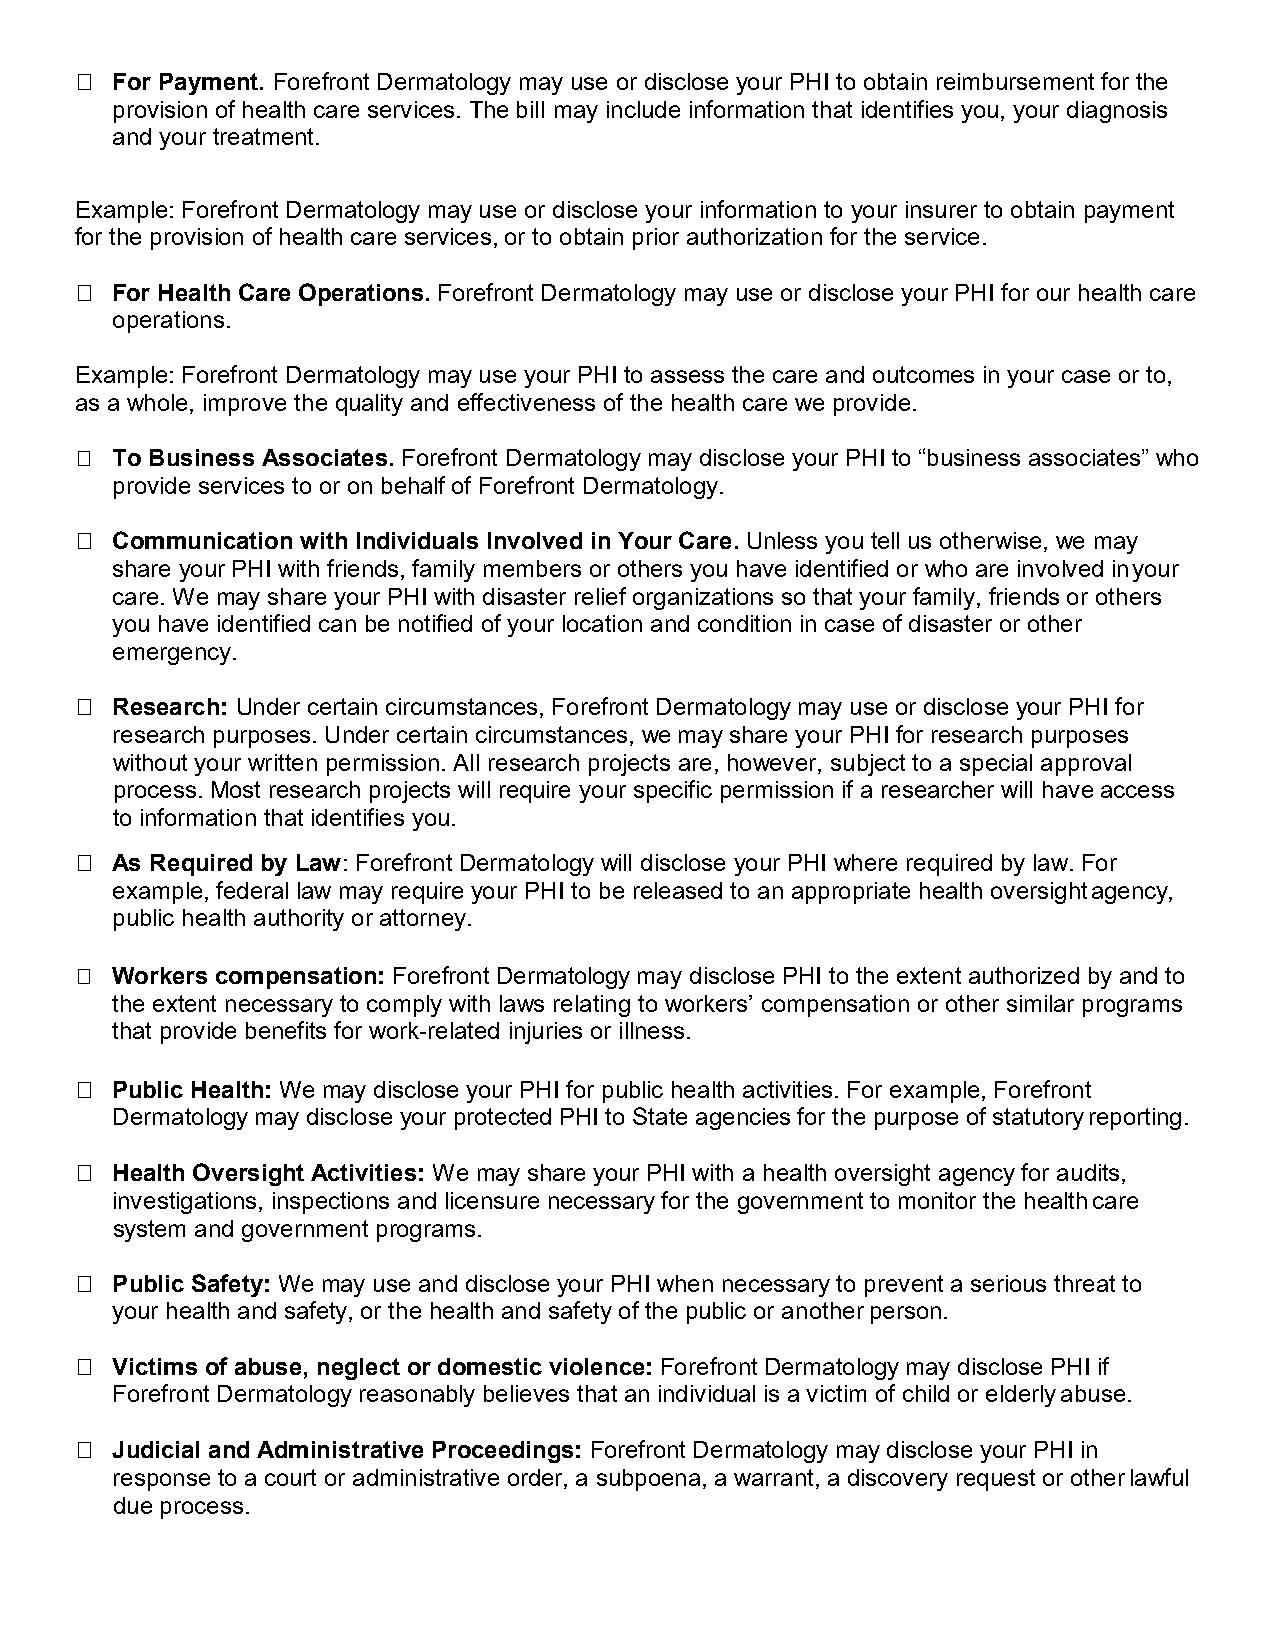
 For Payment. Forefront Dermatology may use or disclose your PHI to obtain reimbursement for the
 provision of health care services. The bill may include information that identifies you, your diagnosis
 and your treatment.
 Example: Forefront Dermatology may use or disclose your information to your insurer to obtain payment
 for the provision of health care services, or to obtain prior authorization for the service.
  For Health Care Operations. Forefront Dermatology may use or disclose your PHI for our health care
 operations.
 Example: Forefront Dermatology may use your PHI to assess the care and outcomes in your case or to,
 as a whole, improve the quality and effectiveness of the health care we provide.
  To Business Associates. Forefront Dermatology may disclose your PHI to “business associates” who
 provide services to or on behalf of Forefront Dermatology.
  Communication with Individuals Involved in Your Care. Unless you tell us otherwise, we may
 share your PHI with friends, family members or others you have identified or who are involved in your
 care. We may share your PHI with disaster relief organizations so that your family, friends or others
 you have identified can be notified of your location and condition in case of disaster or other
 emergency.
  Research: Under certain circumstances, Forefront Dermatology may use or disclose your PHI for
 research purposes. Under certain circumstances, we may share your PHI for research purposes
 without your written permission. All research projects are, however, subject to a special approval
 process. Most research projects will require your specific permission if a researcher will have access
 to information that identifies you.
  As Required by Law: Forefront Dermatology will disclose your PHI where required by law. For
 example, federal law may require your PHI to be released to an appropriate health oversight agency,
 public health authority or attorney.
  Workers compensation: Forefront Dermatology may disclose PHI to the extent authorized by and to
 the extent necessary to comply with laws relating to workers’ compensation or other similar programs
 that provide benefits for work-related injuries or illness.
  Public Health: We may disclose your PHI for public health activities. For example, Forefront
 Dermatology may disclose your protected PHI to State agencies for the purpose of statutory reporting.
  Health Oversight Activities: We may share your PHI with a health oversight agency for audits,
 investigations, inspections and licensure necessary for the government to monitor the health care
 system and government programs.
  Public Safety: We may use and disclose your PHI when necessary to prevent a serious threat to
 your health and safety, or the health and safety of the public or another person.
  Victims of abuse, neglect or domestic violence: Forefront Dermatology may disclose PHI if
 Forefront Dermatology reasonably believes that an individual is a victim of child or elderly abuse.
  Judicial and Administrative Proceedings: Forefront Dermatology may disclose your PHI in
 response to a court or administrative order, a subpoena, a warrant, a discovery request or other lawful
 due process.